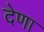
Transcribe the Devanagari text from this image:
देणा